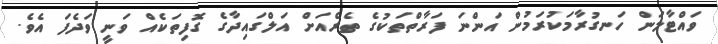
ވައްޓާލަން ހަނގުރާމަކުރަމުން އަންނަ ފަރާތްތަކުގެ ތެރެއަށް އަލްގައިދާގެ ގޮފިތަކެއް ވަނީ ވަދެފަ އެވެ.